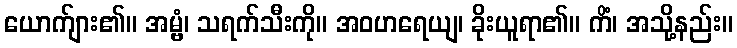
ယောက်ျား၏။ အမ္ဗံ၊ သရက်သီးကို။ အဝဟရေယျ၊ ခိုးယူရာ၏။ ကိံ၊ အသို့နည်း။